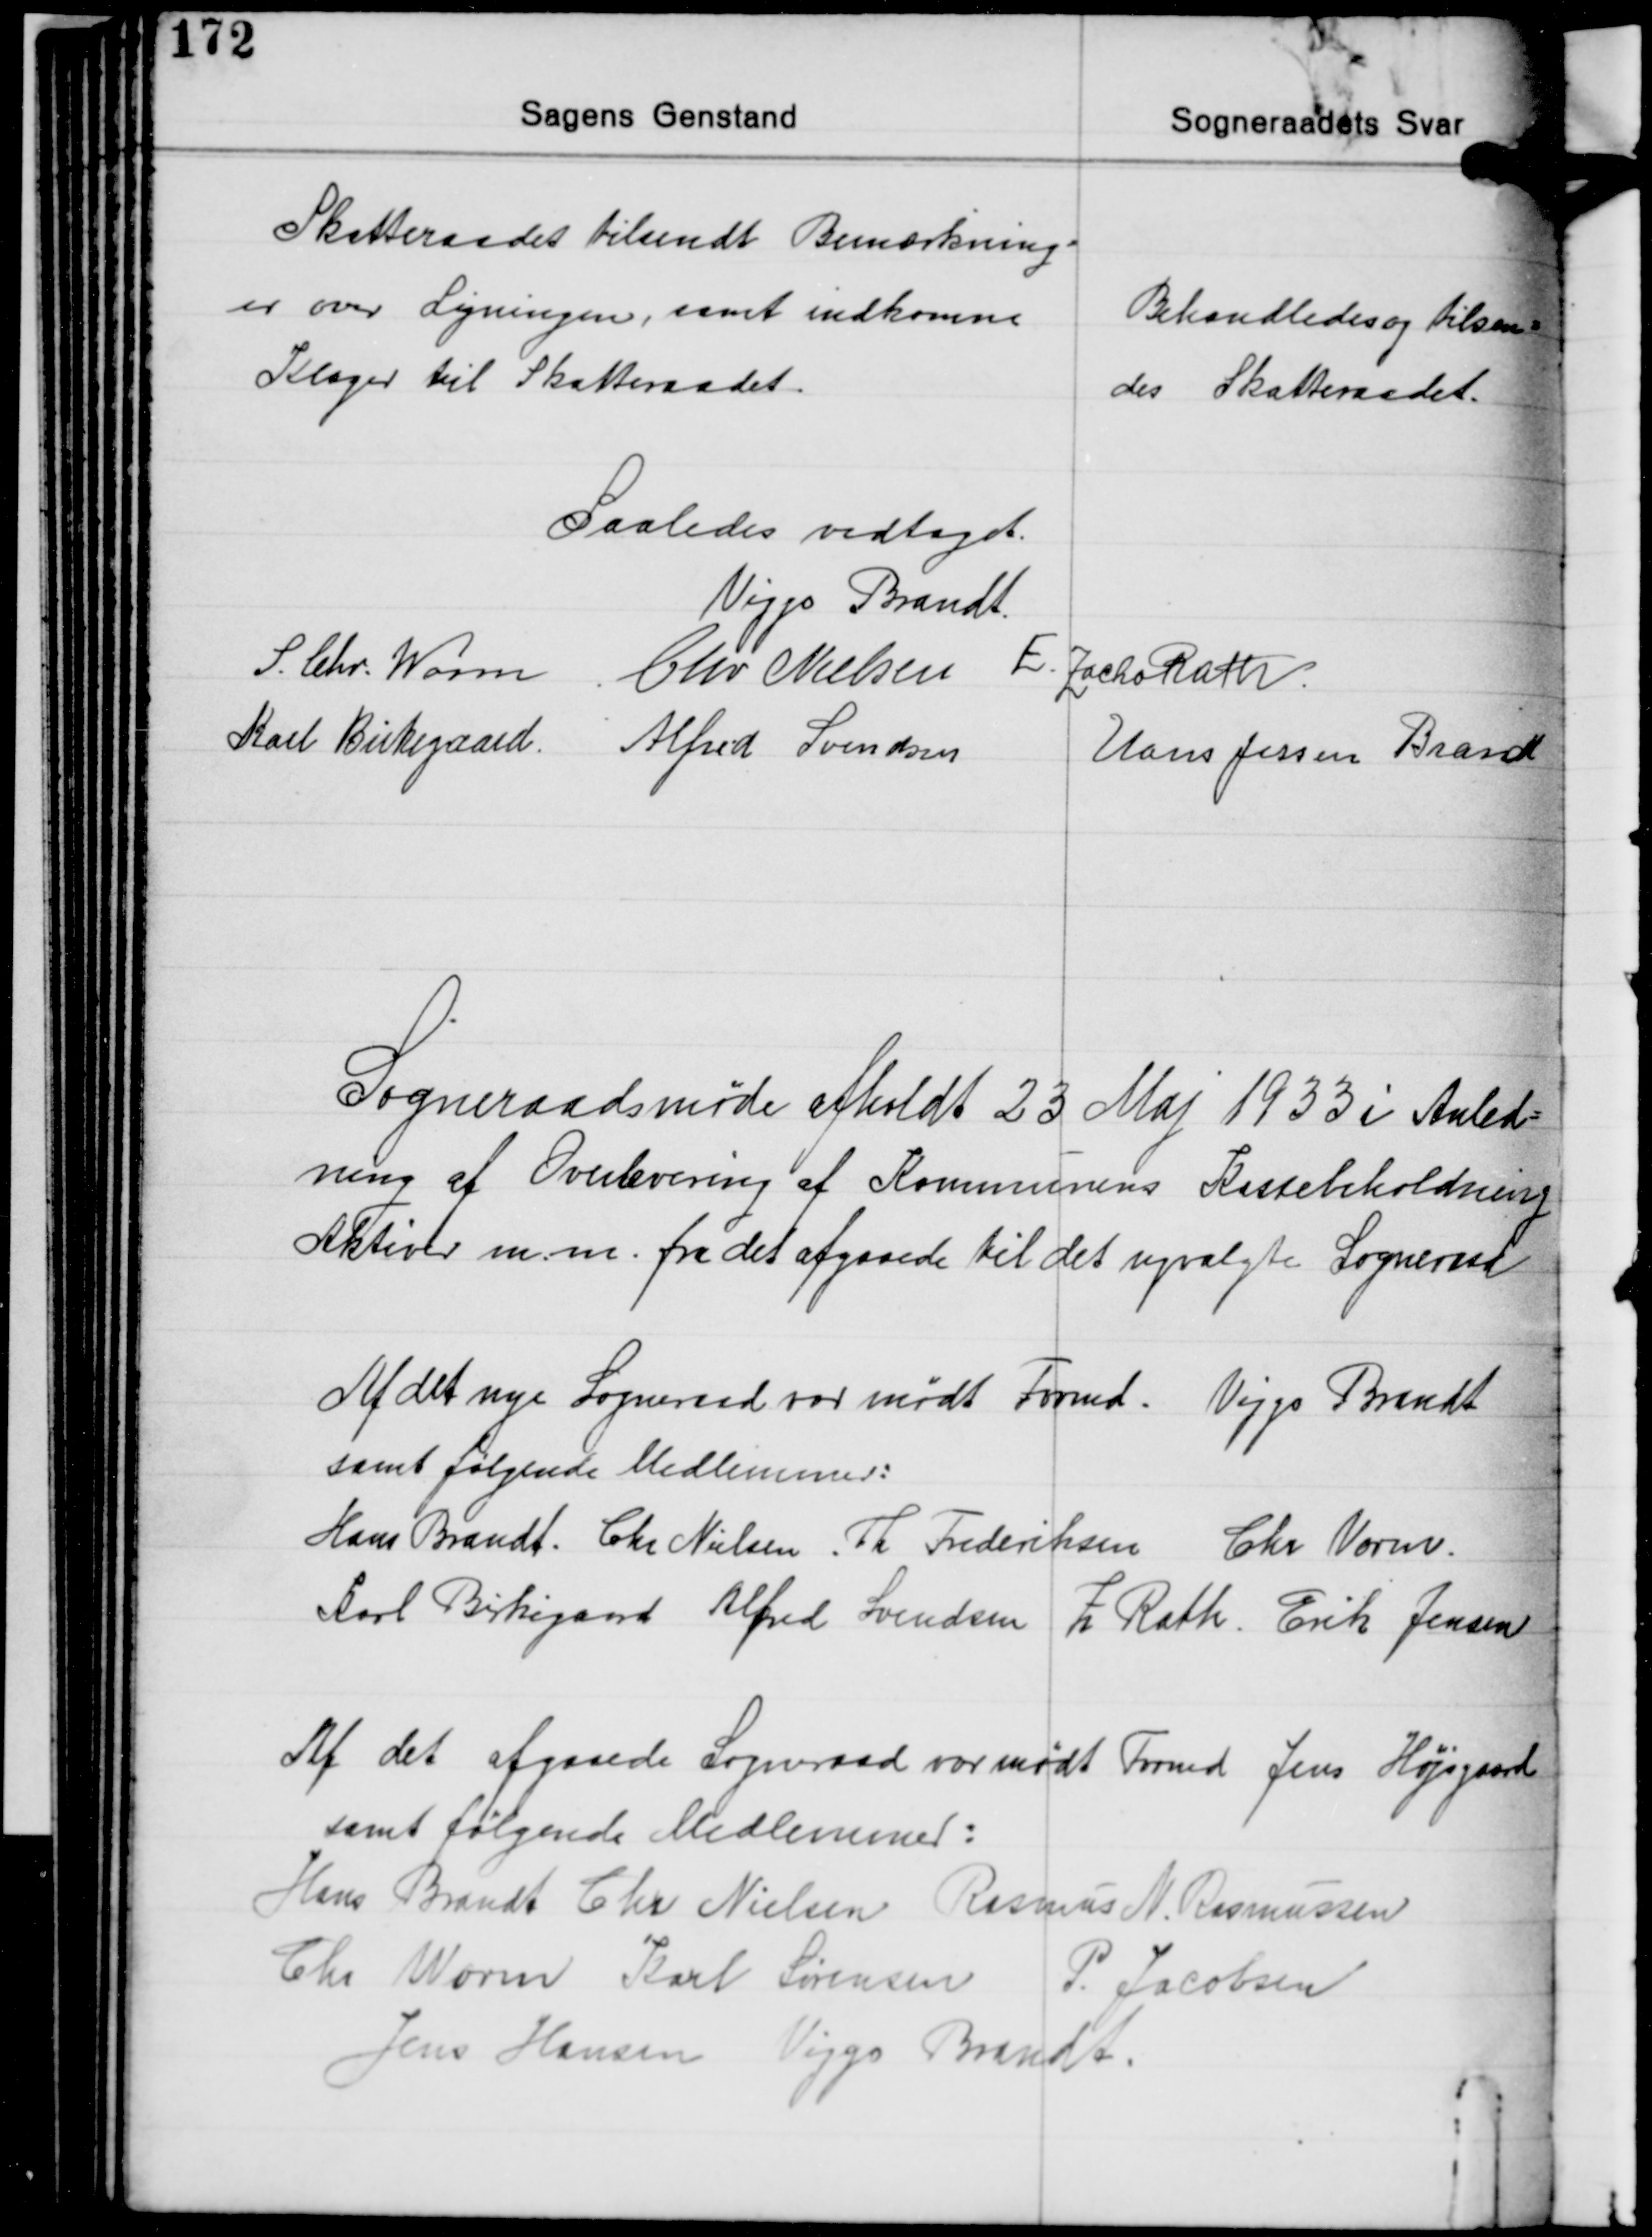
Transskription:
Skatteraadet tilsendt Bemærkning-
er over Ligningen, samt indkomne
Klager til Skatteraadet

Behandledes og tilsen-
des Skatteraadet.

Saaledes vedtaget.
Viggo Brandt
S. Chr. Worm Chr. Nielsen E. Zacho Rath
Karl Birkegaard Alfred Svendsen
Hans Jessen Brandt

Sogneraadsmøde afholdt 23 Maj 1933 i Anled-
ning af Overlevering af Kommunens Kassebeholdning
Aktiver m. m. fra det afgaaede til det nyvalgte Sogneraad

Af det nye Sogneraad var mødt Formd. Viggo Brandt
samt følgende Medlemmer:
Hans Brandt. Chr. Nielsen. Th. Frederiksen. Chr. Vorm.
Karl Birkegaard Alfred Svendsen Z. Rath. Erik Jensen

Af det afgaaede Sogneraad var mødt Formd. Jens Højsgaard
samt følgende Medlemmer:
Hans Brandt Chr. Nielsen Rasmus N. Rasmussen
Chr. Worm Karl Sørensen P. Jacobsen
Jens Hansen Viggo Brandt.